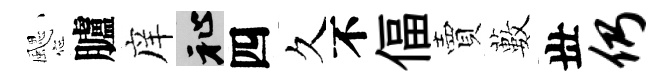
颸臚庠祉四久不偪賣藪丗仍